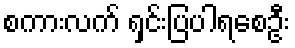
စကားလက် ရှင်းပြပါရစေဦး